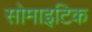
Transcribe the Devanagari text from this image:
सोमाइटिक